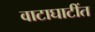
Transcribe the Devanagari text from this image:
वाटाघाटींत